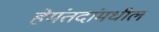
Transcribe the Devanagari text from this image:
हेमंतदांमधील